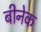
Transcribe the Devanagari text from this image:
बीनेक